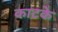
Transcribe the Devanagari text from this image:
काटके